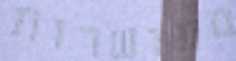
מעושרות